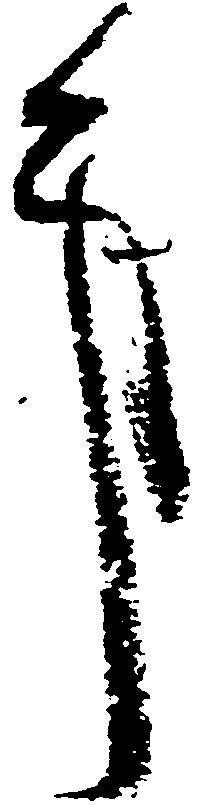
事